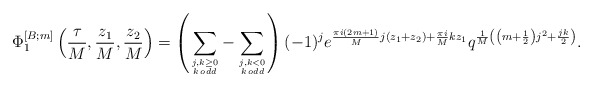
\begin{align*}\Phi^{[B;m]}_{1}\left(\frac{\tau}{M},\frac{z_1}{M},\frac{z_2}{M}\right)=\left(\sum\limits_{j,k\geq0 \atop k\,odd}-\sum\limits_{j,k<0 \atop k\,odd}\right)(-1)^j e^{\frac{\pi i(2m+1)}{M}j(z_1+z_2)+\frac{\pi i}{M}k z_1} q^{\frac{1}{M}\left(\left(m+\frac{1}{2}\right)j^2+\frac{jk}{2}\right)}.\end{align*}